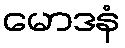
မောဒနံ